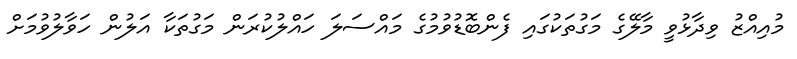
މުއިއްޒު ވިދާޅުވީ މާލޭގެ މަގުތަކުގައި ފެންބޮޑުވުމުގެ މައްސަލަ ހައްލުކުރަން މަގުތަކާ އަލުން ހަވާލުވުމަށް